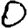
Digit: 0